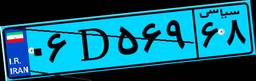
۰۶D۵۶۹۶۸